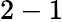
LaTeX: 2-1